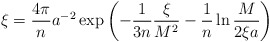
\begin{align*}\xi = \frac{4\pi}{n} a^{-2} \exp\left(-\frac{1}{3n} \frac{\xi}{M^2} -\frac{1}{n} \ln \frac{M}{2\xi a}\right)\end{align*}